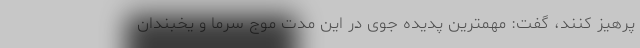
پرهیز کنند، گفت: مهمترین پدیده جوی در این مدت موج سرما و یخبندان